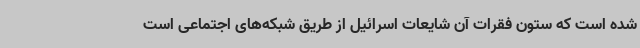
شده است که ستون فقرات آن شایعات اسرائیل از طریق شبکه‌های اجتماعی است